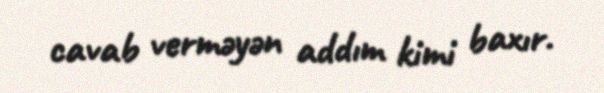
cavab verməyən addım kimi baxır.